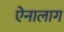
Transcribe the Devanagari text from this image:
ऐनालाग